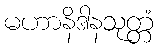
မဟာနိဒါနသုတ္တံ